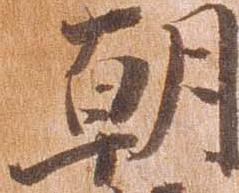
朝